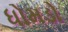
ધોમડો